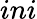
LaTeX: ini